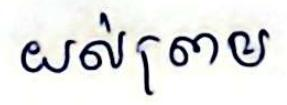
យល់ព្រម